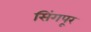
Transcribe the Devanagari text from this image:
सिंगपूर